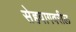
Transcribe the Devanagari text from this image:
सेहवागवरील